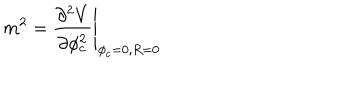
m ^ { 2 } = \left. \frac { \partial ^ { 2 } V } { \partial \phi _ { c } ^ { 2 } } \right| _ { \phi _ { c } = 0 , R = 0 } \hspace { 1 c m } .